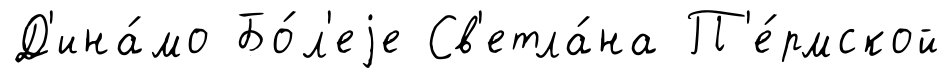
Д'ина́мо Бо́л'еjе Св'етла́на П'е́рмской